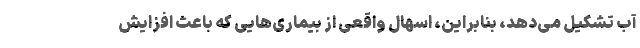
آب تشکیل می‌دهد، بنابراین، اسهال واقعی از بیماری‌هایی که باعث افزایش